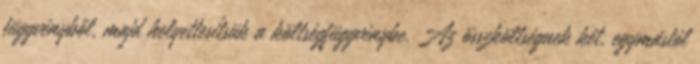
függvényből, majd helyettesítsük a költségfüggvénybe. Az összköltségnek két, egymástól